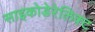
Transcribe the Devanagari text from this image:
साइकोडेरेलिक्ट